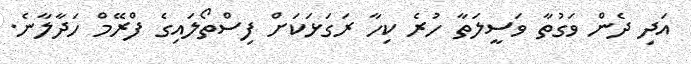
އަދި ދެން ވަގުތާ ވަސީލަތާ ހުުރެ ކިހާ ރަގަޅަކަށް ފިސްތޯލައިގެ ފްރޭމް ހަދާލާނެ.